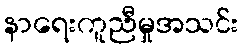
နာရေးကူညီမှုအသင်း